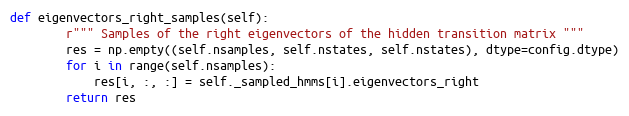
Language: Python
def eigenvectors_right_samples(self):
        r""" Samples of the right eigenvectors of the hidden transition matrix """
        res = np.empty((self.nsamples, self.nstates, self.nstates), dtype=config.dtype)
        for i in range(self.nsamples):
            res[i, :, :] = self._sampled_hmms[i].eigenvectors_right
        return res